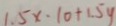
1 . 5 x \cdot 1 0 + 1 . 5 y